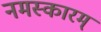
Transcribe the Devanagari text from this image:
नमस्कारम्